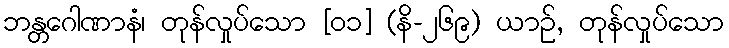
ဘန္တဂေါဏာနံ၊ တုန်လှုပ်သော [၀၁] (နိ-၂၆၉) ယာဉ်, တုန်လှုပ်သော